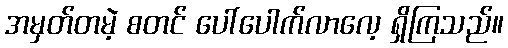
အမှတ်တမဲ့ စတင် ပေါ်ပေါက်လာလေ့ ရှိကြသည်။